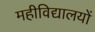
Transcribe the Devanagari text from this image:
महीविद्यालयों